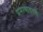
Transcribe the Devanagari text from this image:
प्रमाणावरचा